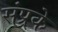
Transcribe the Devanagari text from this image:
संप्र्रके